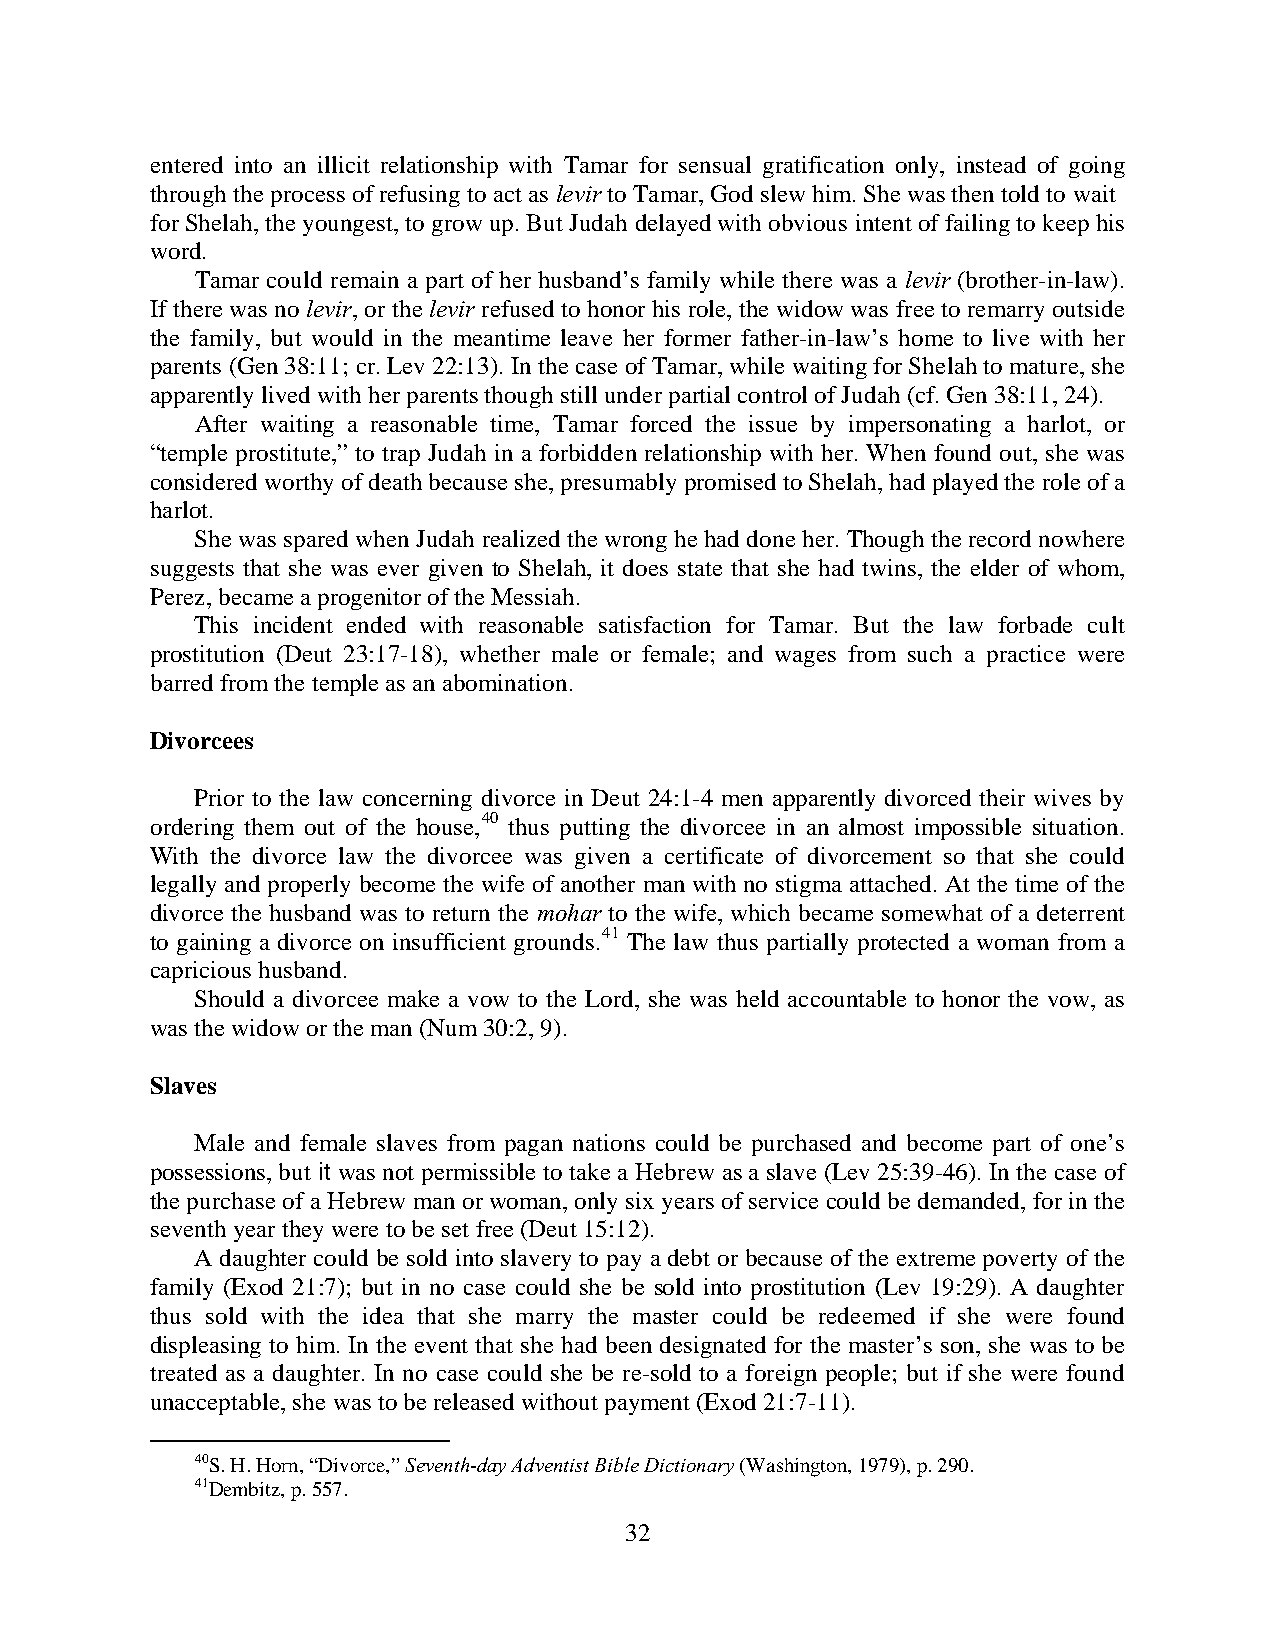
entered into an illicit relationship with Tamar for sensual gratification only, instead of going
 through the process of refusing to act as levir to Tamar, God slew him. She was then told to wait
 for Shelah, the youngest, to grow up. But Judah delayed with obvious intent of failing to keep his
 word.
 Tamar could remain a part of her husband’s family while there was a levir (brother-in-law).
 If there was no levir, or the levir refused to honor his role, the widow was free to remarry outside
 the family, but would in the meantime leave her former father-in-law’s home to live with her
 parents (Gen 38:11; cr. Lev 22:13). In the case of Tamar, while waiting for Shelah to mature, she
 apparently lived with her parents though still under partial control of Judah (cf. Gen 38:11, 24).
 After waiting a reasonable time, Tamar forced the issue by impersonating a harlot, or
 “temple prostitute,” to trap Judah in a forbidden relationship with her. When found out, she was
 considered worthy of death because she, presumably promised to Shelah, had played the role of a
 harlot.
 She was spared when Judah realized the wrong he had done her. Though the record nowhere
 suggests that she was ever given to Shelah, it does state that she had twins, the elder of whom,
 Perez, became a progenitor of the Messiah.
 This incident ended with reasonable satisfaction for Tamar. But the law forbade cult
 prostitution (Deut 23:17-18), whether male or female; and wages from such a practice were
 barred from the temple as an abomination.
 Divorcees
 Prior to the law concerning divorce in Deut 24:1-4 men apparently divorced their wives by
 ordering them out of the house,40 thus putting the divorcee in an almost impossible situation.
 With the divorce law the divorcee was given a certificate of divorcement so that she could
 legally and properly become the wife of another man with no stigma attached. At the time of the
 divorce the husband was to return the mohar to the wife, which became somewhat of a deterrent
 to gaining a divorce on insufficient grounds.41 The law thus partially protected a woman from a
 capricious husband.
 Should a divorcee make a vow to the Lord, she was held accountable to honor the vow, as
 was the widow or the man (Num 30:2, 9).
 Slaves
 Male and female slaves from pagan nations could be purchased and become part of one’s
 possessions, but it was not permissible to take a Hebrew as a slave (Lev 25:39-46). In the case of
 the purchase of a Hebrew man or woman, only six years of service could be demanded, for in the
 seventh year they were to be set free (Deut 15:12).
 A daughter could be sold into slavery to pay a debt or because of the extreme poverty of the
 family (Exod 21:7); but in no case could she be sold into prostitution (Lev 19:29). A daughter
 thus sold with the idea that she marry the master could be redeemed if she were found
 displeasing to him. In the event that she had been designated for the master’s son, she was to be
 treated as a daughter. In no case could she be re-sold to a foreign people; but if she were found
 unacceptable, she was to be released without payment (Exod 21:7-11).
 40S. H. Horn, “Divorce,” Seventh-day Adventist Bible Dictionary (Washington, 1979), p. 290.
 41Dembitz, p. 557.
 32